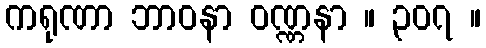
ကရုဏာ ဘာဝနာ ဝဏ္ဏနာ ။ ၃၀၇ ။